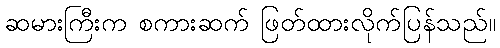
ဆမားကြီးက စကားဆက် ဖြတ်ထားလိုက်ပြန်သည်။